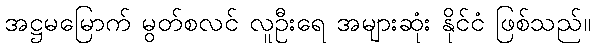
အဋ္ဌမမြောက် မွတ်စလင် လူဦးရေ အများဆုံး နိုင်ငံ ဖြစ်သည်။